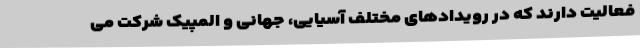
فعالیت دارند که در رویدادهای مختلف آسیایی، جهانی و المپیک شرکت می